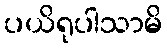
ပယိရုပါသာမိ